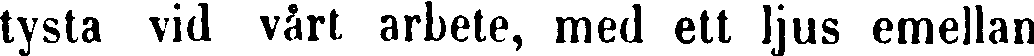
tysta vid vårt arbete, med ett ljus emellan